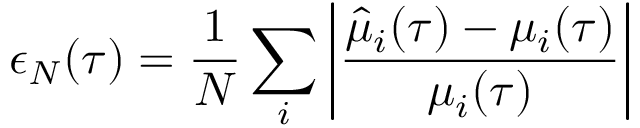
\epsilon _ { N } ( \tau ) = \frac { 1 } { N } \sum _ { i } \left| \frac { \hat { \mu } _ { i } ( \tau ) - \mu _ { i } ( \tau ) } { \mu _ { i } ( \tau ) } \right|